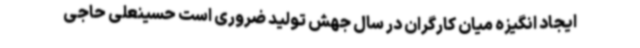
ایجاد انگیزه میان کارگران در سال جهش تولید ضروری است حسینعلی حاجی